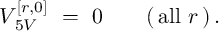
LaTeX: V _ { \, 5 V } ^ { [ r , 0 ] } \ = \ 0 \qquad ( \, \mathrm { a l l } \ r \, ) \, .